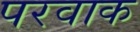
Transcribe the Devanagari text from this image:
परवाक